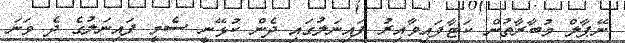
ނޭޕާލް މުބާރާތުން ކަޓާފައިވާއިރު ފައިނަލުގައި ދެން ކުޅޭނީ ސެމީ ފައިނަލުގެ ދެ ވަނަ